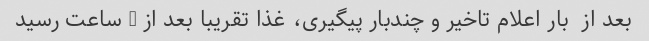
بعد از  بار اعلام تاخیر و چندبار پیگیری، غذا تقریبا بعد از - ساعت رسید